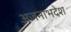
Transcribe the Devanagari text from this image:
अजनाभदेश